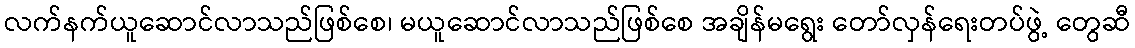
လက်နက်ယူဆောင်လာသည်ဖြစ်စေ၊ မယူဆောင်လာသည်ဖြစ်စေ အချိန်မရွေး တော်လှန်ရေးတပ်ဖွဲ့ တွေဆီ